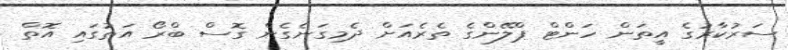
ސަރުކާރުގެ އީތަން ހަންޓް ޕްލޭންގެ ތެރެއަށް ދެމިގަނެގެން ގޮސް ބްރޯ އަތުގައި އޮތް